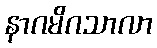
နာဂမိဂသာလာ